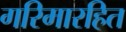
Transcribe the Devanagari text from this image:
गरिमारहित